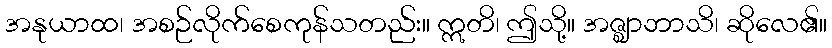
အနုယာထ၊ အစဉ်လိုက်စေကုန်သတည်း။ ဣတိ၊ ဤသို့။ အဇ္ဈာဘာသိ၊ ဆိုလေ၏။